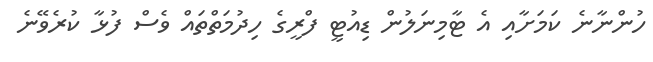
ހުންނާނެ ކަމަށާއި އެ ޓާމިނަލުން ޑިއުޓީ ފްރީގެ ހިދުމަތްތައް ވެސް ފުޅާ ކުރެވޭނެ